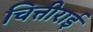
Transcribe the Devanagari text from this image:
चित्तीराई